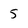
Character: 5